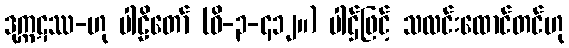
ဒုက္ကဋဿ-ဟု ပါဠိတော် (ဝိ-၃-၄၁၂။) ပါဌ်ဖြင့် သလင်းထောင်တင်ဟု